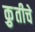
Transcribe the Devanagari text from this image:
कृुतीचे